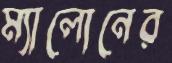
ম্যালোনের